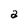
Character: a